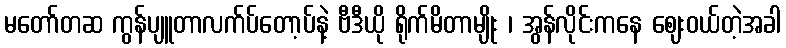
မတော်တဆ ကွန်ပျူတာလက်ပ်တော့ပ်နဲ့ ဗီဒီယို ရိုက်မိတာမျိုး ၊ အွန်လိုင်းကနေ ဈေးဝယ်တဲ့အခါ